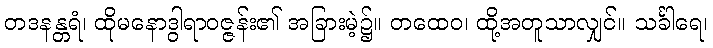
တဒနန္တရံ၊ ထိုမနောဒွါရာဝဇ္ဇန်း၏ အခြားမဲ့၌။ တထေဝ၊ ထို့အတူသာလျှင်။ သင်္ခါရေ၊